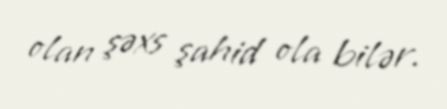
olan şəxs şahid ola bilər.